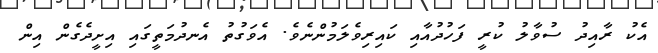
އެކު ރާއިދު ސުވާލު ކުރީ ފަހުދުއާއި ކައިރިވެލަމުންނެވެ. އެވަގުތު އެނދުމަތީގައި އިށީދެގެން އިން